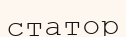
статор